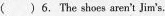
()6. The shoes aren't Jim's.